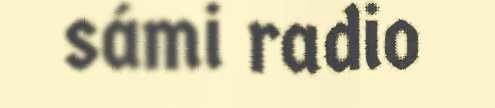
sámi radio